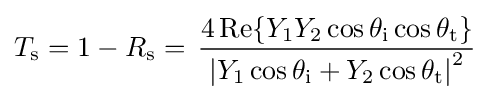
T_{\text{s}}=1-R_{\text{s}}=\,{\frac {4\,{\text{Re}}\{Y_{1}Y_{2}\cos \theta _{\text{i}}\cos \theta _{\text{t}}\}}{\left|Y_{1}\cos \theta _{\text{i}}+Y_{2}\cos \theta _{\text{t}}\right|^{2}}}